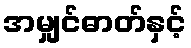
အမျှင်ဓာတ်နှင့်